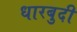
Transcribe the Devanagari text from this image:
धारबुदी